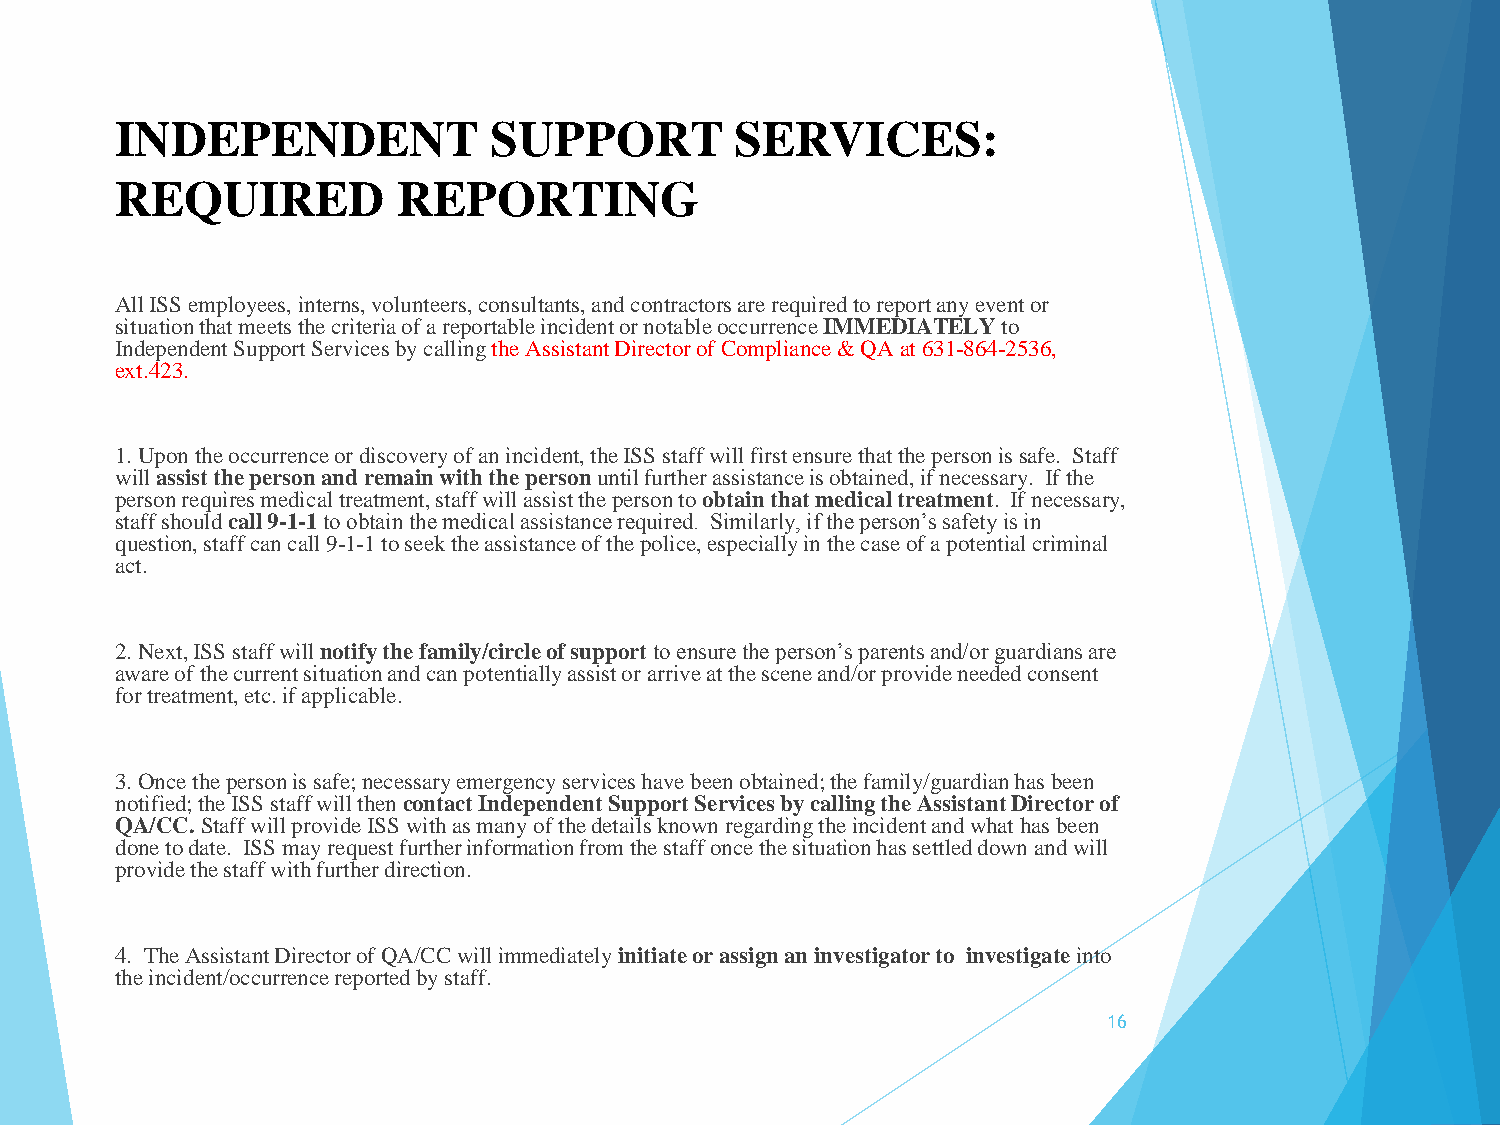
INDEPENDENT              SUPPORT         SERVICES:
 REQUIRED          REPORTING
 All ISS employees, interns, volunteers, consultants, and contractors are required to report any event or
 situation that meets the criteria of a reportable incident or notable occurrence IMMEDIATELYto
 Independent Support Services by calling the Assistant Director of Compliance & QA at 631-864-2536,
 ext.423.
 1. Upon the occurrence or discovery of an incident, the ISS staff will first ensure that the person is safe. Staff
 will assist the person and remain with the person until further assistance is obtained, if necessary. If the
 person requires medical treatment, staff will assist the person to obtain that medical treatment. If necessary,
 staff should call 9-1-1 to obtain the medical assistance required. Similarly, if the person’s safety is in
 question, staff can call 9-1-1 to seek the assistance of the police, especially in the case of a potential criminal
 act.
 2. Next, ISS staff will notify the family/circle of support to ensure the person’s parents and/or guardians are
 aware of the current situation and can potentially assist or arrive at the scene and/or provide needed consent
 for treatment, etc. if applicable.
 3. Once the person is safe; necessary emergency services have been obtained; the family/guardian has been
 notified; the ISS staff will then contact Independent Support Services by calling the Assistant Director of
 QA/CC. Staff will provide ISS with as many of the details known regarding the incident and what has been
 done to date. ISS may request further information from the staff once the situation has settled down and will
 provide the staff with further direction.
 4. The Assistant Director of QA/CC will immediately initiate or assign an investigator to investigate into
 the incident/occurrence reported by staff.
 16